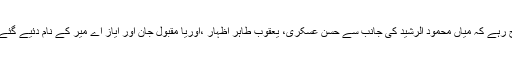
واضح رہے کہ میاں محمود الرشید کی جانب سے حسن عسکری، یعقوب طاہر اظہار ،اوریا مقبول جان اور ایاز اے میر کے نام دئیے گئے ہیں ۔